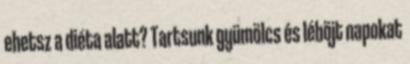
ehetsz a diéta alatt? Tartsunk gyümölcs és léböjt napokat